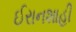
ઈરાનશાહી